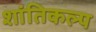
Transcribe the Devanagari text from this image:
शांतिकल्प